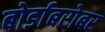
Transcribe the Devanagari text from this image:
बोर्डाबरोबर